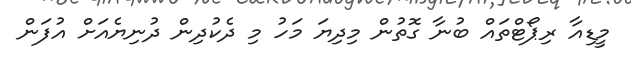
މީޑިއާ ރިޕޯޓްތައް ބުނާ ގޮތުން މިދިޔަ މަހު މި ދެކުދިން ދުނިޔެއަށް އުފަން